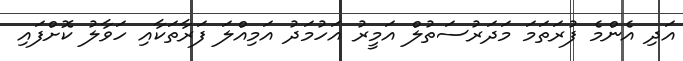
އަދި އެންމެ ފުރަތަމަ މަދަރުސަތުލް އަމީރު އަހުމަދު އަމިއްލަ ފަރާތަކާއި ހަވާލު ކޮށްފައި